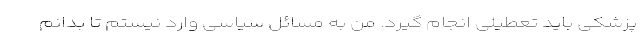
پزشکی باید تعطیلی انجام گیرد. من به مسائل سیاسی وارد نیستم تا بدانم